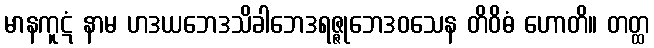
မာနကူဋံ နာမ ဟဒယဘေဒသိခါဘေဒရဇ္ဇုဘေဒဝသေန တိဝိဓံ ဟောတိ။ တတ္ထ